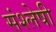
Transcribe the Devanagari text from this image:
संश्लेषी